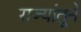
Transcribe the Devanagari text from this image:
राज्यांतूने